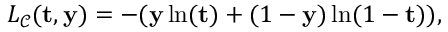
L _ { \mathcal { C } } ( \mathbf { t } , \mathbf { y } ) = - ( \mathbf { y } \ln ( \mathbf { t } ) + ( 1 - \mathbf { y } ) \ln ( 1 - \mathbf { t } ) ) ,